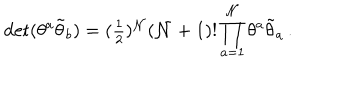
\det ( \theta ^ { a } \tilde { \theta } _ { b } ) = ( \textstyle { \frac { 1 } { 2 } } ) ^ { { \cal N } } ( { \cal N } + 1 ) ! \, \displaystyle { \prod _ { a = 1 } ^ { { \cal N } } \theta ^ { a } \tilde { \theta } _ { a } } \, .